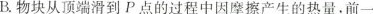
B.物块从顶端滑到P点的过程中因摩擦产生的热量。前一